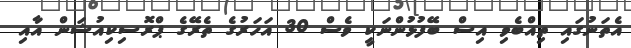
އެތަނުގައި ތިއްބެވި އިސް ބޭފުޅުންނަކީ ވެސް 30 އަހަރުގެ ތެރޭގެ ޕްރޮސިކިއުޝަން އާއި